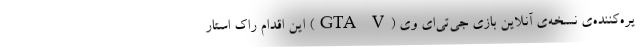
یره‌کننده‌ی نسخه‌ی آنلاین بازی جی‌تی‌ای وی (GTA V) این اقدام راک استار